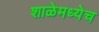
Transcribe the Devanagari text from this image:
शाळेमध्येच